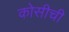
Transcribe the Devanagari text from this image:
कोसीची